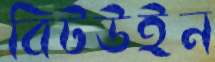
বিটউইন